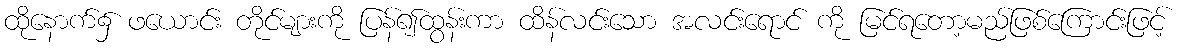
ထိုနောက်၌ ဖယောင်း တိုင်များကို ပြန်၍ထွန်းကာ ထိန်လင်းသော အလင်းရောင် ကို မြင်ရတော့မည်ဖြစ်ကြောင်းဖြင့်